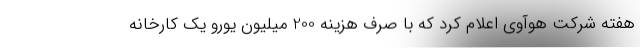
هفته شرکت هوآوی اعلام کرد که با صرف هزینه 200 میلیون یورو یک کارخانه